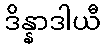
ဒိန္နာဒါယီ